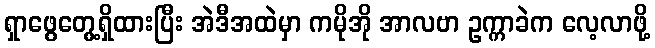
ရှာဖွေတွေ့ရှိထားပြီး အဲဒီအထဲမှာ ကမိုအို အာလဗာ ဥက္ကာခဲက လေ့လာဖို့